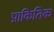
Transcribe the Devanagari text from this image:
प्राकितिक